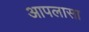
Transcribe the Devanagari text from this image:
आपलासा